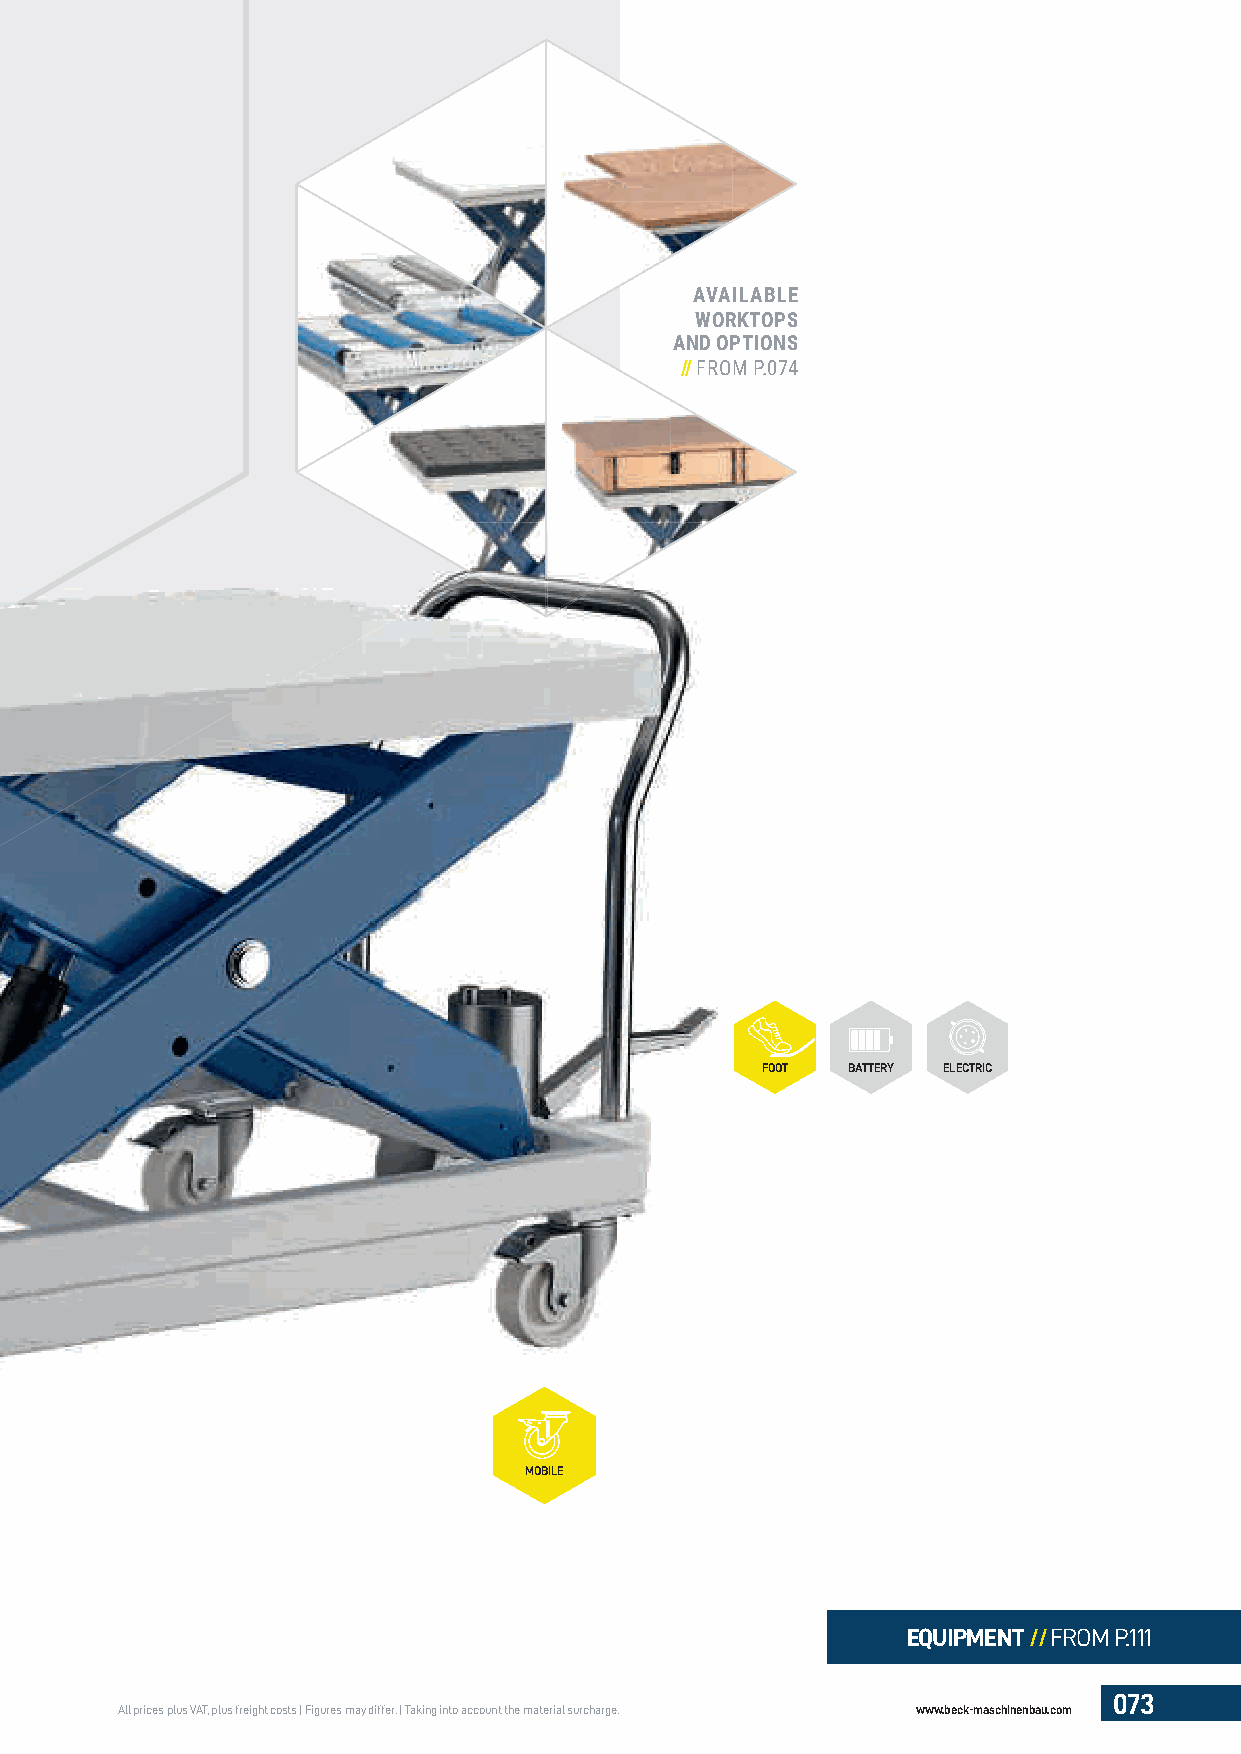
AVAILABLE
 WORKTOPS
 AND OPTIONS
 // FROM P.074
 FOOT  BATTERY ELECTRIC
 MOBILE
 EQUIPMENT //FROM P.111
 073
 All prices plus VAT, plus freight costs | Figures may differ. | Taking into account the material surcharge. www.beck-maschinenbau.com